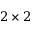
2 \times 2